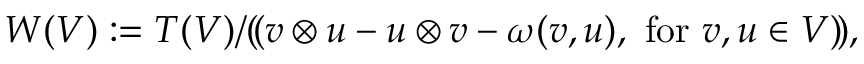
W ( V ) : = T ( V ) / ( \! ( v \otimes u - u \otimes v - \omega ( v , u ) , { \mathrm { ~ f o r ~ } } v , u \in V ) \! ) ,